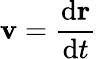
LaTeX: \mathbf{v}={\frac{\mathrm{d}\mathbf{r}}{\mathrm{d}t}}\,